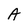
Character: A